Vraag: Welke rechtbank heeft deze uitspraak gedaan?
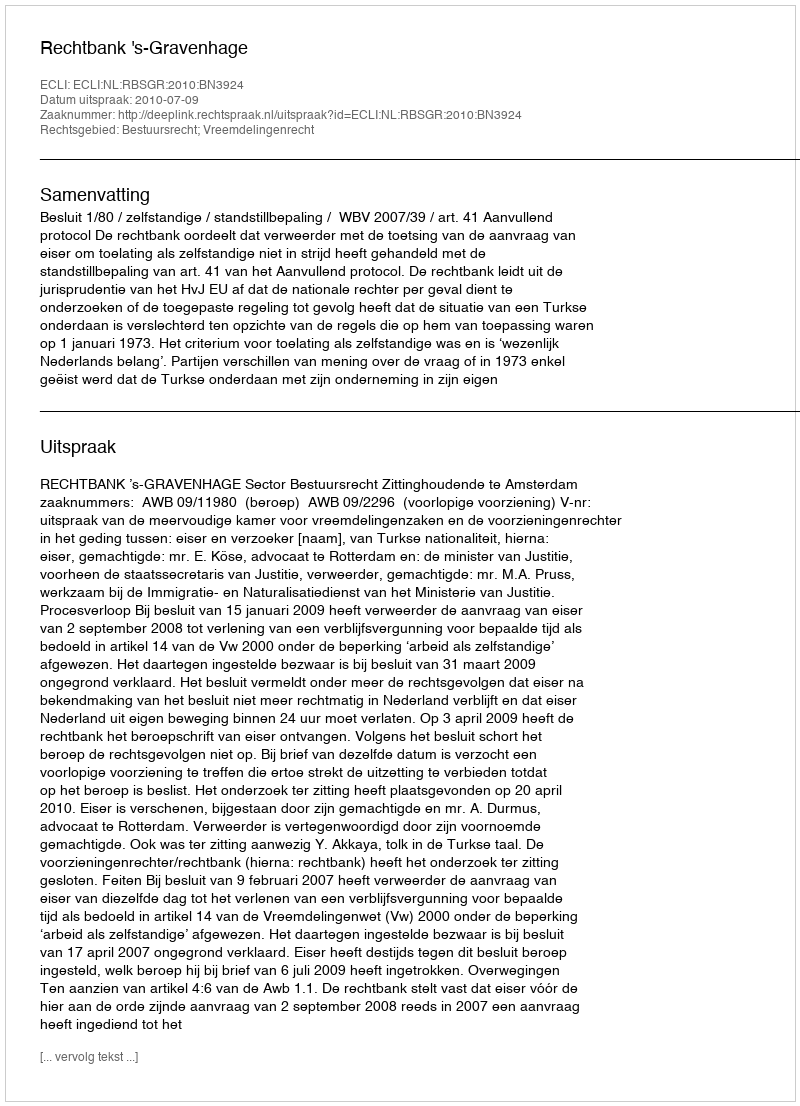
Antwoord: Rechtbank 's-Gravenhage